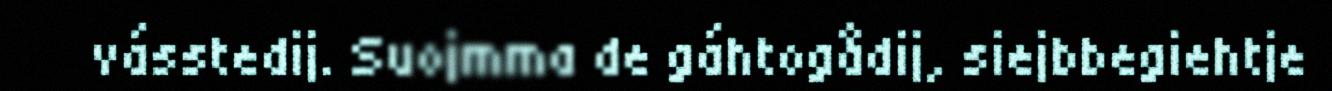
vásstedij. Suojmma de gáhtogådij, siejbbegiehtje